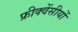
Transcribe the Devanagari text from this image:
फ्रीक्वेंसीयों